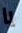
يا